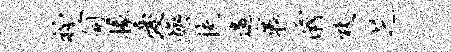
衽笥掾爱焕扶邀褒灞熊芝